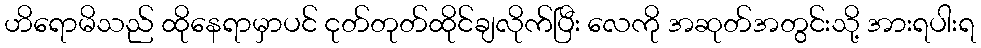
ဟိရောမိသည် ထိုနေရာမှာပင် ငုတ်တုတ်ထိုင်ချလိုက်ပြီး လေကို အဆုတ်အတွင်းသို့ အားရပါးရ